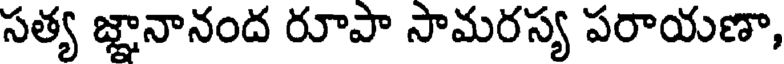
సత్య జ్ఞానానంద రూపా సామరస్య పరాయణా,